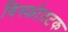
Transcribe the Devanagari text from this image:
विस्फोतटक